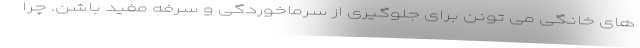
های خانگی می تونن برای جلوگیری از سرماخوردگی و سرفه مفید باشن. چرا